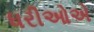
ધરીઓએ